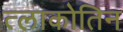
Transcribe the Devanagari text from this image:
त्लाकोतिन